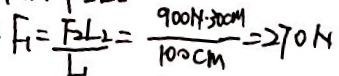
F _ { 1 } = \frac { F _ { 2 } l _ { 2 } } { L _ { 1 } } = \frac { 9 0 0 N \cdot 3 0 c m } { 1 0 0 c m } = 2 7 0 N